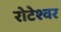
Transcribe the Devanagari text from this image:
रोटेश्वर